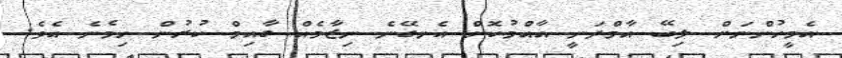
އެމީހުންނަށް ލިބޭ އާމްދަނީ އާއްމުކޮށް އެނގޭނެ ނިޒާމެއް ގާއިމް ކުރުން ހިމެނެ އެވެ.